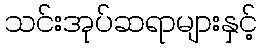
သင်းအုပ်ဆရာများနှင့်